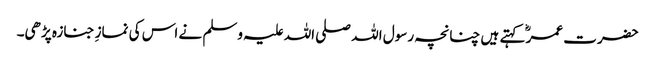
حضرت عمرؓ کہتے ہیں چنانچہ رسول اللہ صلی اللہ علیہ وسلم نے اس کی نمازِ جنازہ پڑھی۔